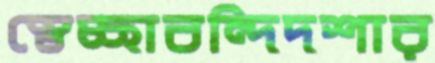
স্বেচ্ছাবন্দিদশার